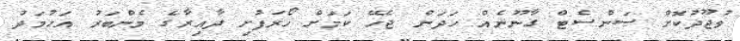
ވުޖޫދުކޮށް ސަންސެޓް ގާނޫނެއް ހަދަން ޖެހޭ ކަމަށް ހޯރަފުށި ދާއިރާގެ މެންބަރު އަހުމަދު